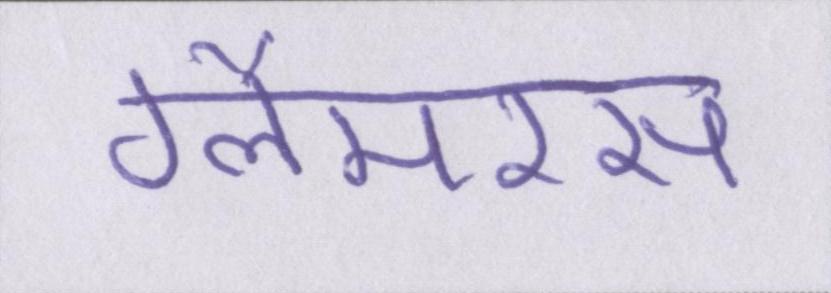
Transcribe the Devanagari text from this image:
ग्लैमरस